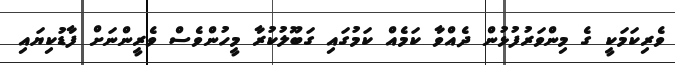
ވެރިކަމަކީ ގެ މިންވަރުފުޅުން ދެއްވާ ކަމެއް ކަމުގައި ގަބޫލުކުރާ މީހުންވެސް ވެރީންނަށް ފާޑުކިޔައި